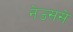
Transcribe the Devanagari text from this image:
नेउससे